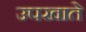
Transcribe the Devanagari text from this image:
उपखाते